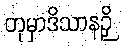
တုမှာဒိသာနဉှိ